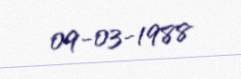
09-03-1988